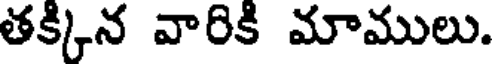
తక్కిన వారికి మాములు.